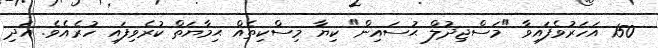
150 އަހަރުވެފައިވާ "މަސްޖިދުލް ޙުސައިން" ކިޔާ މިސްކިތެއް ޙިމާޔަތް ކުރެވިފައި ހުރެއެވެ. އަދި